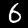
Label: 6